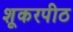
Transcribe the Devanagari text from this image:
शूकरपीठ